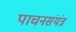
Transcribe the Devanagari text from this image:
पाचनसंयंत्र